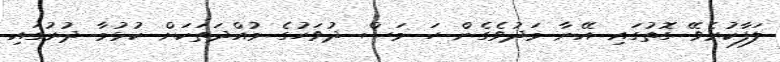
ލަފާކުރެވޭ ގޮތުގައި އޭނާ މަދުވެގެން ހަ މަސް ދުވަހުގެ މުއްދަތަކަށް ކުޅުމާ ދުރުގައި